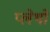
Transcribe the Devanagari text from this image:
प्लेथो